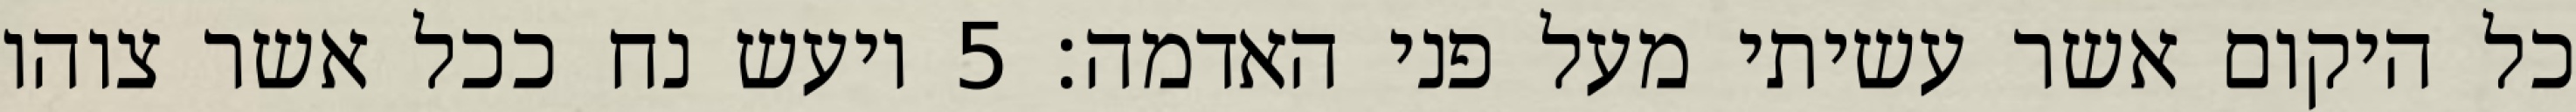
כל היקום אשר עשיתי מעל פני האדמה׃ ‎5‏ ויעש נח ככל אשר צוהו